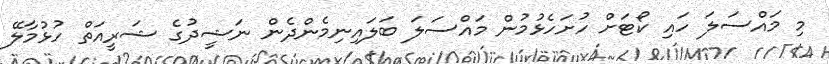
މި މައްސަލަ ހައި ކޯޓަށް ހުށަހެޅުމުން މައްސަލަ ބަލައިނިމެންދެން ނަޝީދުގެ ޝަރީއަތް ހުޅުމާލޭ